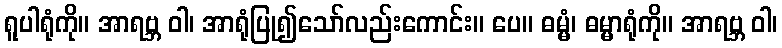
ရူပါရုံကို။ အာရဗ္ဘ ဝါ၊ အာရုံပြု၍သော်လည်းကောင်း။ ပေ။ ဓမ္မံ၊ ဓမ္မာရုံကို။ အာရဗ္ဘ ဝါ၊